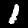
Label: 1